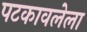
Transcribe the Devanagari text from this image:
पटकावलेला